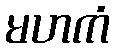
မဟကံ